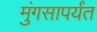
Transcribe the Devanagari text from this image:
मुंगसापर्यंत